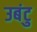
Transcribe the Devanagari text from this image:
उबंटु